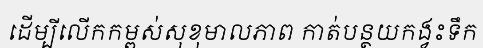
ដើម្បីលើកកម្ពស់សុខុមាលភាព កាត់បន្ថយកង្វះទឹក